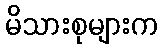
မိသားစုများက